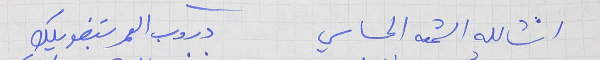
انشالله الشمعه الحساسي          دروب العمر بتضويلك